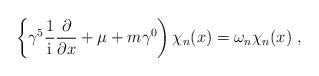
LaTeX: \begin{align*}\left\{ \gamma^5 \frac{1}{\rm i}\frac{\partial}{\partial x} + \mu+ m \gamma^0 \right) \chi_n(x)=\omega_n \chi_n(x) \ ,\end{align*}